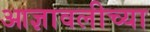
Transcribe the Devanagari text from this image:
आज्ञावलीच्या